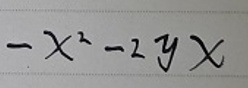
\(-x^{2}-2yx\)